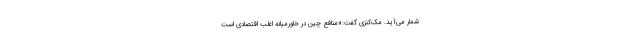
شمار می‌آید. مک‌کنزی گفت:‌«منافع چین در خاورمیانه اغلب اقتصادی است